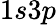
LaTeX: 1s3p